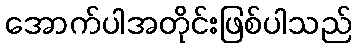
အောက်ပါအတိုင်းဖြစ်ပါသည်